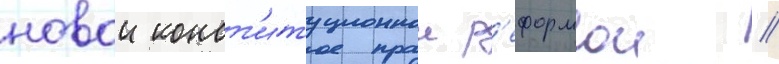
новои конст'итуционнои р'еформои //